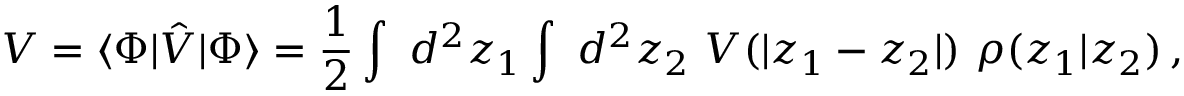
{ \cal V } = \langle \Phi | \hat { V } | \Phi \rangle = \frac { 1 } { 2 } \int { \ d ^ { 2 } z _ { 1 } } \int { \ d ^ { 2 } z _ { 2 } } ~ V ( | z _ { 1 } - z _ { 2 } | ) ~ \rho ( z _ { 1 } | z _ { 2 } ) \, ,